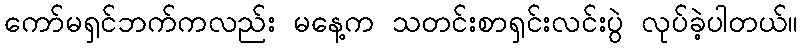
ကော်မရှင်ဘက်ကလည်း မနေ့က သတင်းစာရှင်းလင်းပွဲ လုပ်ခဲ့ပါတယ်။